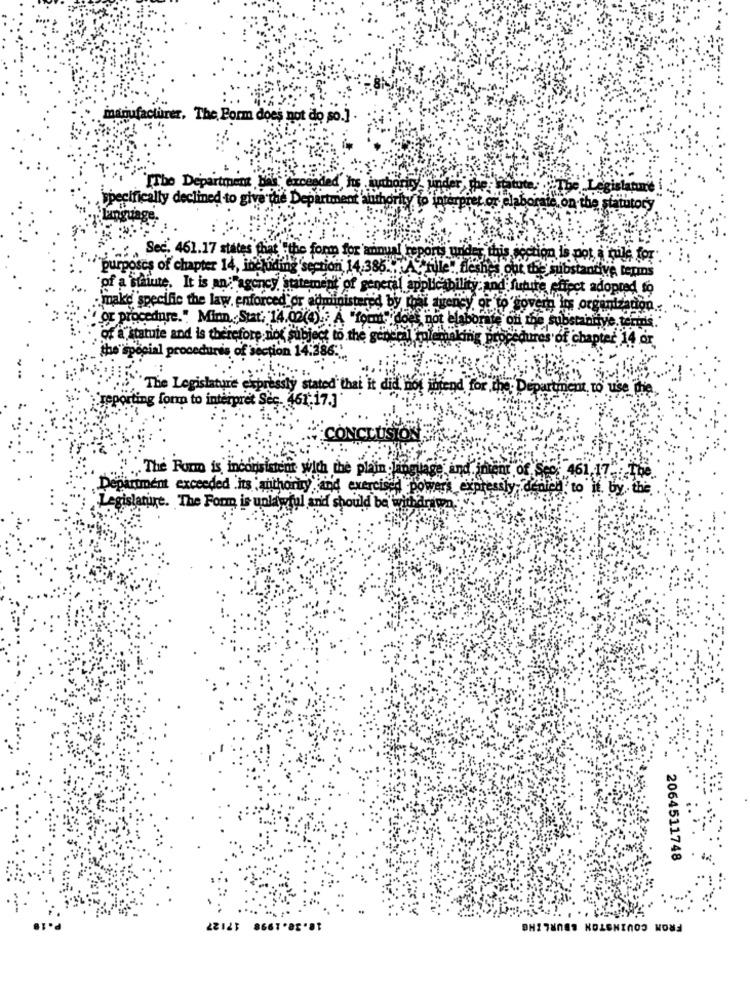
manufacturer, The, Porm does not do so.]
TThe Department
atute,
latu
specifically declined to give the Departme
atuthe
to 1
n-the statutory
Language.
Sec. 461.17 states that "the form for'annual reports under this section is pot i cuile for
pur
es of chapter 14, including section 14.386 .. A file ., fleshes our the substantive terms
"of a staiute. It is an;"agency, statement of general applicabil
and future
fect adopted to
ike specific the law enforced'or administered by That aiency. OF 19 89
a ins organizadon.
dure.". Minn,Stat. 14.02(4)7 A "found" does not elaborate off the s
Hive. teridis
of a
statute and is therefore, not subject to the general mul
the" sp
1 procedures of section 14:386."
pter 14 or
"The Legislature expressly stated that it did not intend for the Department, to use the
ting forn to interpret Sec. 461.17.]
STO.
The Form is inconsistent with the plain lingu
and.intent of S
parament exceeded its authority and exercised powers expres
if. by. . the
gislature. The Form is unlawful and should be witha
2064511748
18.30.1998 17127